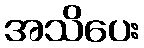
အသိပေး